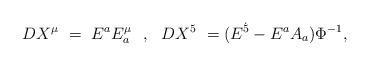
LaTeX: \begin{align*}DX^\mu ~=~E^a E^\mu_a ~~,~~ DX^5~=(E^{\dot 5} - E^a A_a) \Phi^{-1},\end{align*}